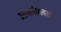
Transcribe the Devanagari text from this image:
आकर्षणबल